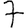
Digit: 7